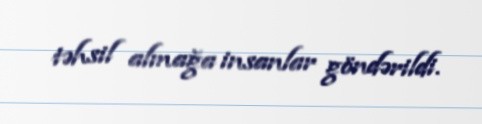
təhsil almağa insanlar göndərildi.